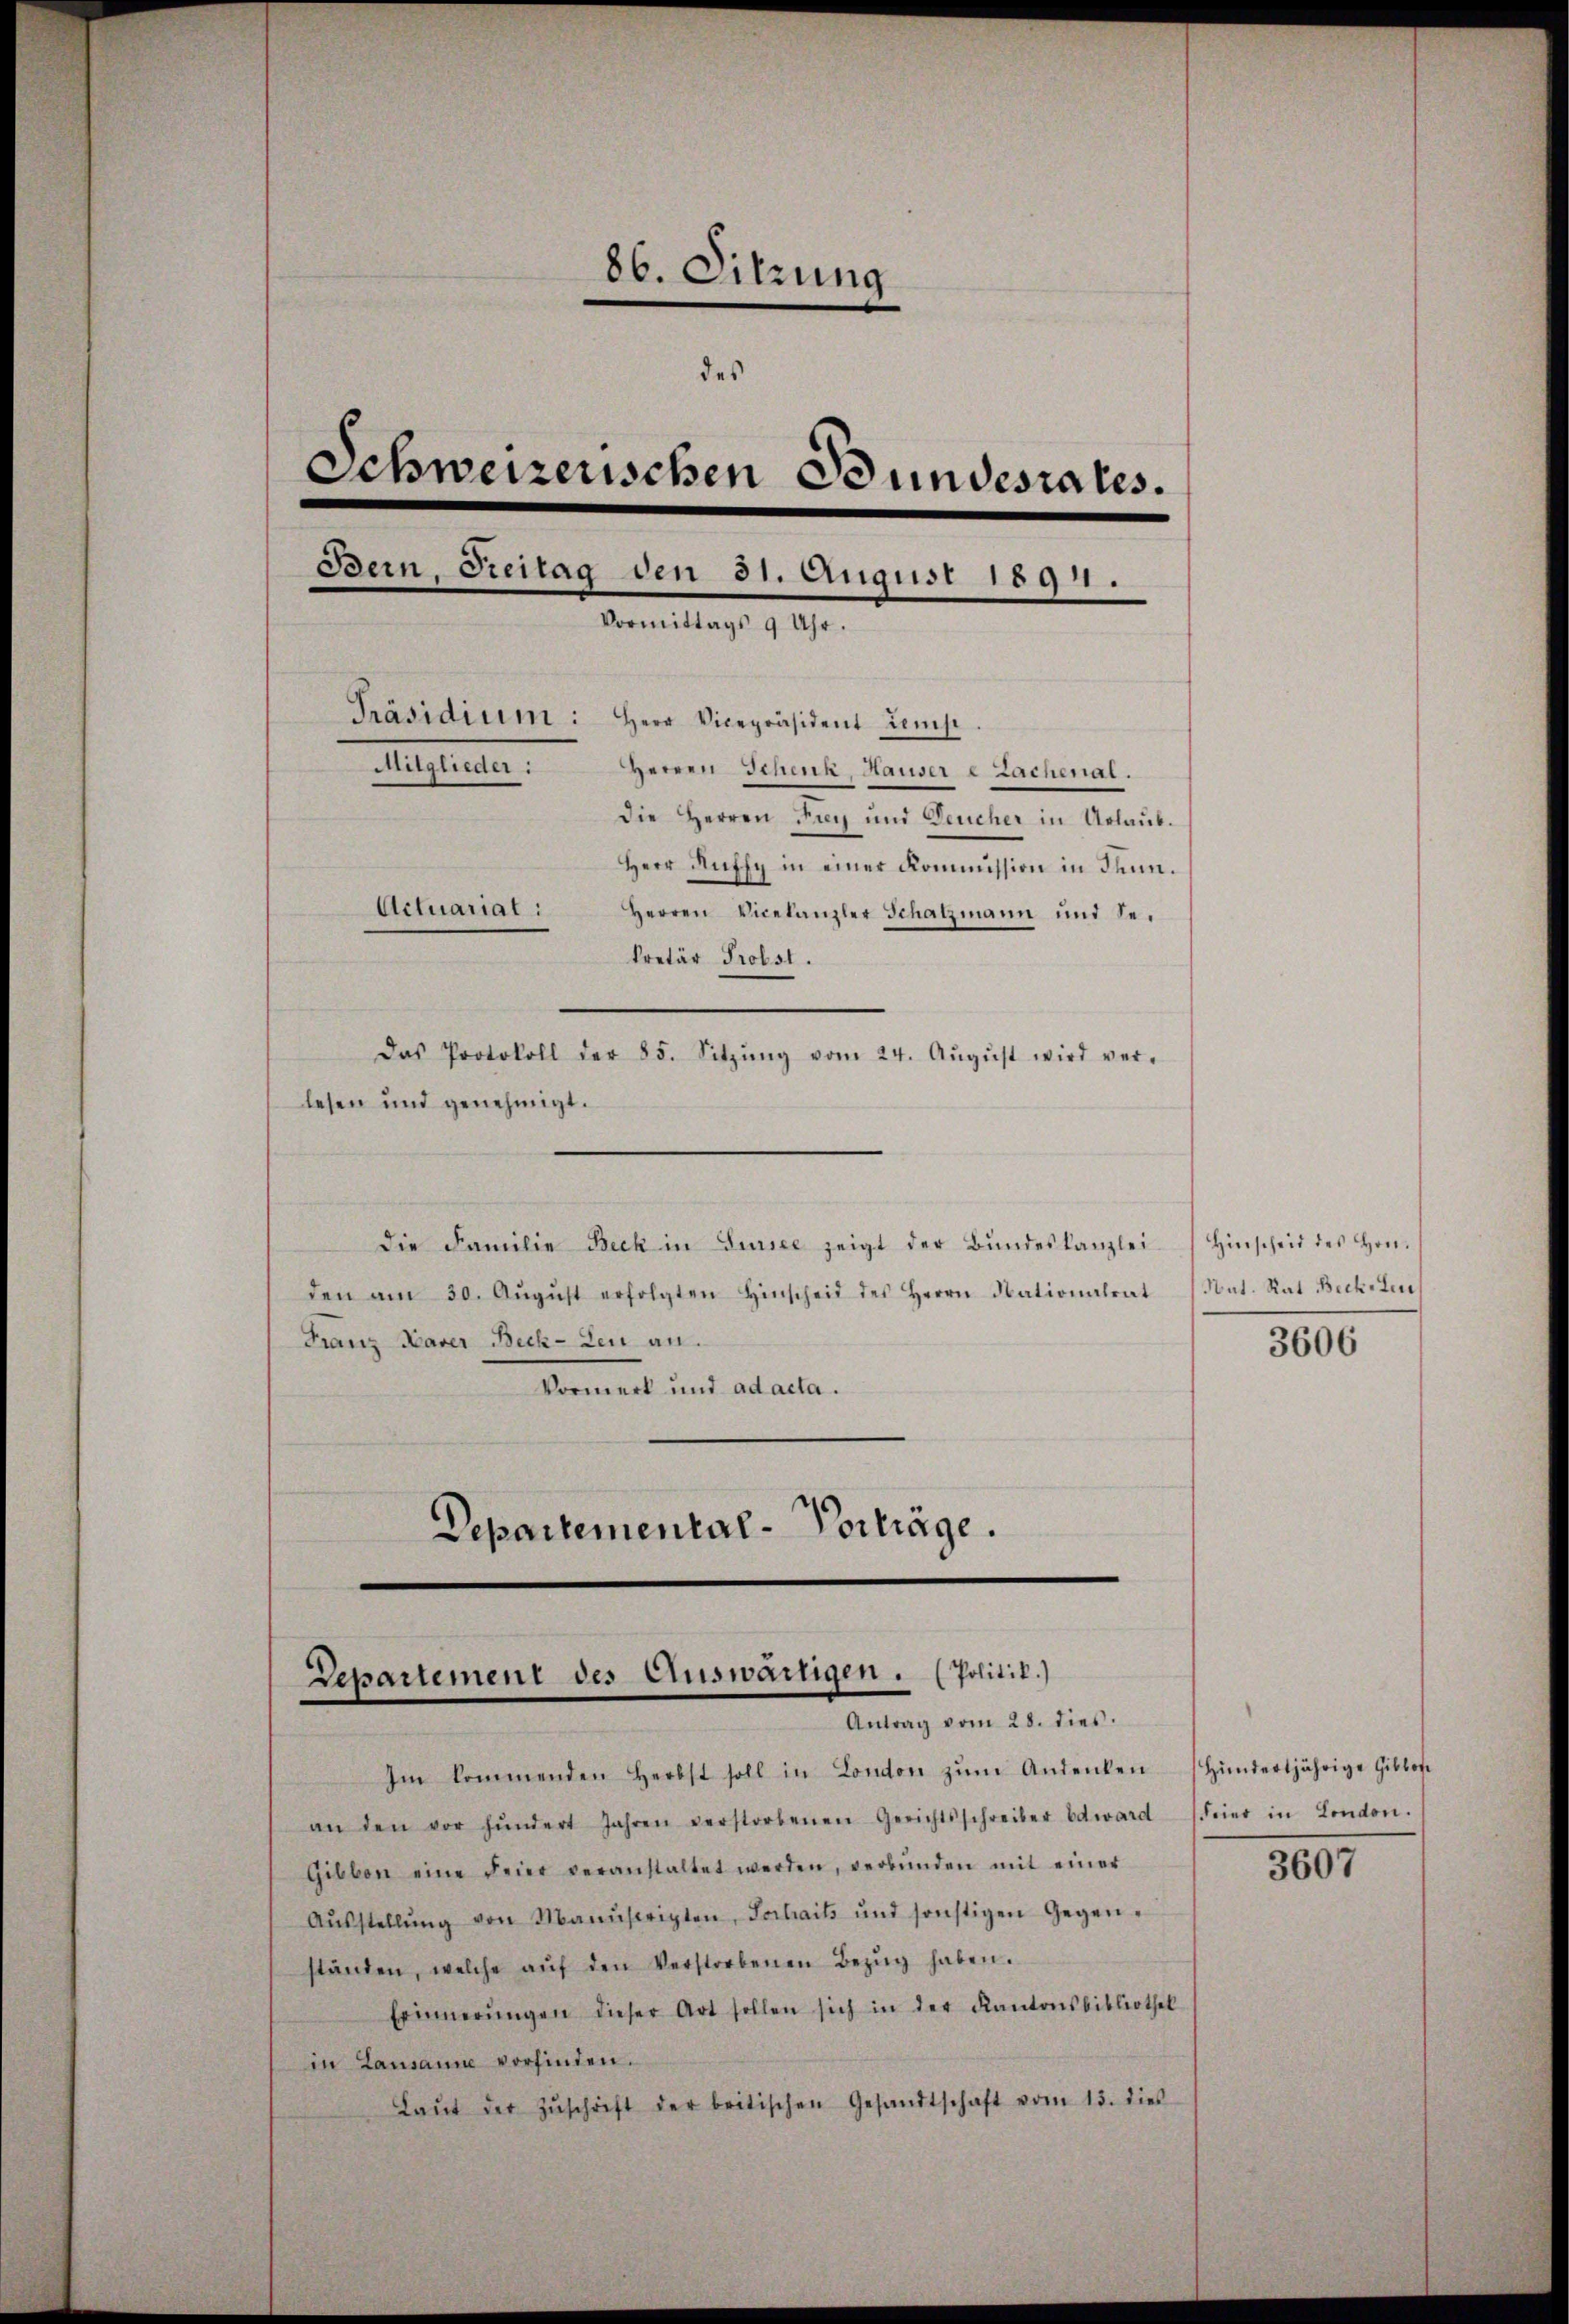
86. Sitzung
des
Schweizerischen Bundesrates.
Bern, Freitag den 31. August 1891.
Vormittags 9 Uhr.
Präsidium: Herr Vicepräsident Zinse
Mitglieder:
Herren Schenk, Hauserl Zachenal.
Die Herren Fug und Deucher in Ablaub.
Herr Ruffy in einer Kommission in Kenn¬
Actuariat:
Herren ViceCanzler Schatzmann und Se-
kretär Probst.
Das Protokoll der 85. Sitzŭng vom 24. Aŭgŭst wird ver-
lesen und genehmigt.

den am 30. Aŭgŭst erfolgten Hinscheid des Herrn Nationalrat
Franz Xaver Beck-Leu an.
Vormerk und ad acta.
Departemental-Vorträge.

die Familie Beck in Sursee zeigt der Bŭndeskanzlei. Hinscheit des Hon¬

Departement des Auswärtigen. (Politik.)
Antrag vom 28. dies.

Im kommenden Herbst soll in London zŭm Andenken hundertjährige Giblofe
an den vor hundert Jahren verstorbenen Gerichtsschreiber Edward Feier in London.
Gibbon eine Feier veranstaltet werden, verbŭnden mit einer
Aŭsstellŭng von Manuscripten, Jochails und sonstigen Gegen-
ständen, welche aŭf den Verstorbenen Bezŭg haben.
Erinnerŭngen dieser Art sollen sich in der Kantonsbibliothek
in Lausanne vorfinden.
Laŭt der Zŭschrift der britischen Gesandtschaft vom 13. dies

Nat. Rat Becke Leu
3606

3607